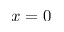
x = 0